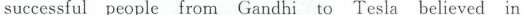
successful people fromGandhi to Tesla believed in